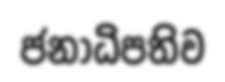
ජනාධිපතිව